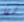
شفا